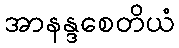
အာနန္ဒစေတိယံ